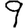
Digit: 9